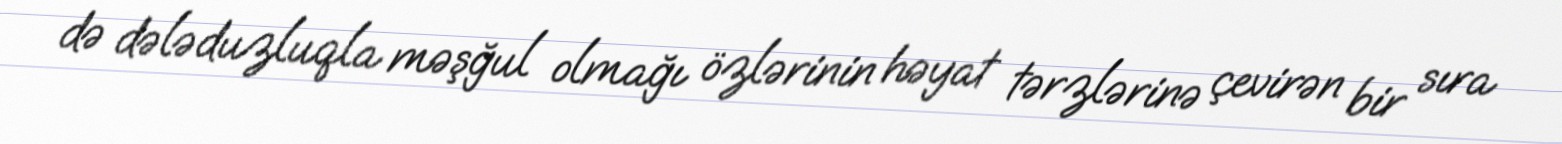
də dələduzluqla məşğul olmağı özlərinin həyat tərzlərinə çevirən bir sıra